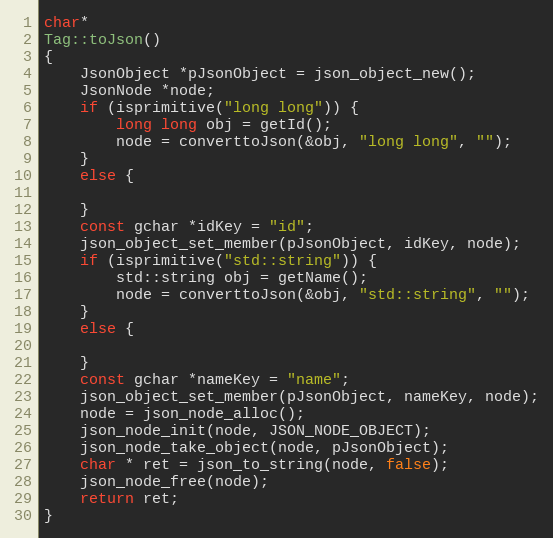
Language: C++
char*
Tag::toJson()
{
	JsonObject *pJsonObject = json_object_new();
	JsonNode *node;
	if (isprimitive("long long")) {
		long long obj = getId();
		node = converttoJson(&obj, "long long", "");
	}
	else {

	}
	const gchar *idKey = "id";
	json_object_set_member(pJsonObject, idKey, node);
	if (isprimitive("std::string")) {
		std::string obj = getName();
		node = converttoJson(&obj, "std::string", "");
	}
	else {

	}
	const gchar *nameKey = "name";
	json_object_set_member(pJsonObject, nameKey, node);
	node = json_node_alloc();
	json_node_init(node, JSON_NODE_OBJECT);
	json_node_take_object(node, pJsonObject);
	char * ret = json_to_string(node, false);
	json_node_free(node);
	return ret;
}